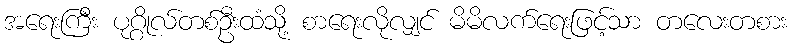
အရေးကြီး ပုဂ္ဂိုလ်တစ်ဦးထံသို့ စာရေးလိုလျှင် မိမိလက်ရေးဖြင့်သာ တလေးတစား